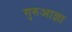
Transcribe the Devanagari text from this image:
गुरुआज्ञा